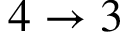
4 \rightarrow 3